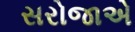
સરોજાએ